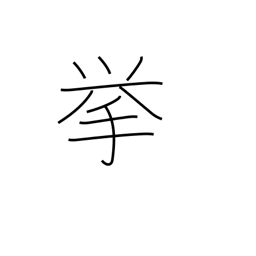
Meaning: project